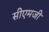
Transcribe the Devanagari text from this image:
सीएमजी